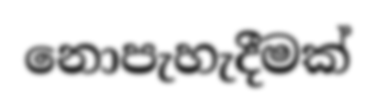
නොපැහැදීමක්